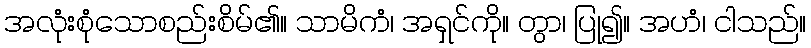
အလုံးစုံသောစည်းစိမ်၏။ သာမိကံ၊ အရှင်ကို။ တွာ၊ ပြု၍။ အဟံ၊ ငါသည်။